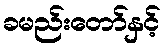
ခမည်းတော်နှင့်